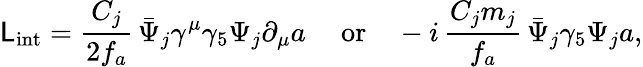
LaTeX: {\cal\mathsf{L}}_{\mathrm{{int}}}=\frac{{C_{j}}}{{2f_{a}}}\, \bar{{\Psi}}_{j}\gamma^{\mu}\gamma_{5}\Psi_{j}\partial_{\mu}a\mathrm{{\quad~or\quad}}-i\, \frac{{C_{j}m_{j}}}{{f_{a}}}\, \bar{{\Psi}}_{j}\gamma_{5}\Psi_{j}a,